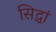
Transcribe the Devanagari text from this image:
सिद्धां